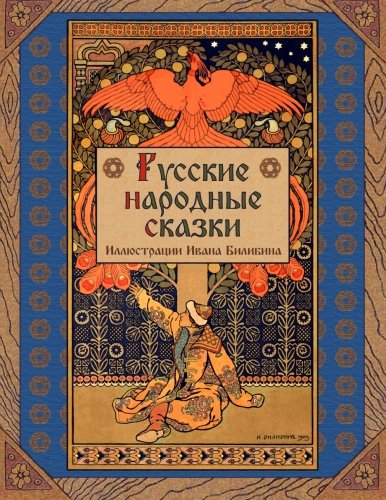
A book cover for Russkie narodnye skazki - Russian Folk Tales (Russian Edition); Alexander Afanasyev; Literature & Fiction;